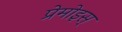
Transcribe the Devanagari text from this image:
प्रेमोइस्